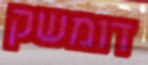
דומשק